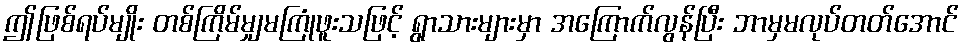
ဤဖြစ်ရပ်မျိုး တစ်ကြိမ်မျှမကြုံဖူးသဖြင့် ရွာသားများမှာ အကြောက်လွန်ပြီး ဘာမှမလုပ်တတ်အောင်